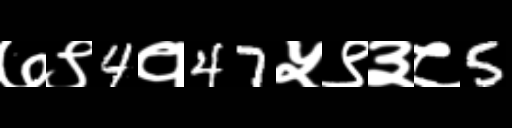
Text: ७९4१47५९३८5